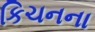
કિચનના